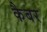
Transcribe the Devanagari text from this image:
कैबर